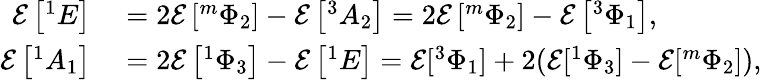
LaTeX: \begin{array}{rl}{\mathcal{E}\left[{}^{1}E\right]}&{{}=2\mathcal{E}\left[{}^{m}\Phi_{2}\right]-\mathcal{E}\left[{}^{3}A_{2}\right]=2\mathcal{E}\left[{}^{m}\Phi_{2}\right]-\mathcal{E}\left[{}^{3}\Phi_{1}\right],}\\ {\mathcal{E}\left[{}^{1}A_{1}\right]}&{{}=2\mathcal{E}\left[{}^{1}\Phi_{3}\right]-\mathcal{E}\left[{}^{1}E\right]=\mathcal{E}[{}^{3}\Phi_{1}]+2(\mathcal{E}[{}^{1}\Phi_{3}]-\mathcal{E}[{}^{m}\Phi_{2}]),}\end{array}